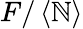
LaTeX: F/\left\langle\mathbb{N}\right\rangle